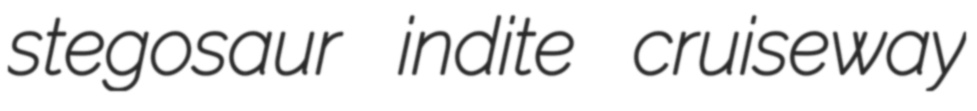
stegosaur indite cruiseway